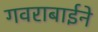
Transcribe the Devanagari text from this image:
गवराबाईने